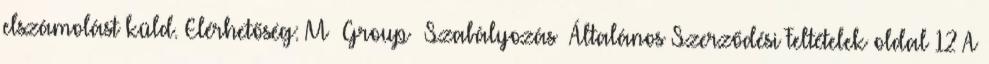
elszámolást küld. Elérhetőség: M Group Szabályozás Általános Szerződési Feltételek oldal 12 A